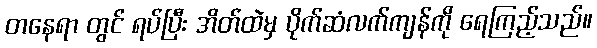
တနေရာ တွင် ရပ်ပြီး အိတ်ထဲမှ ပိုက်ဆံလက်ကျန်ကို ရေကြည့်သည်။